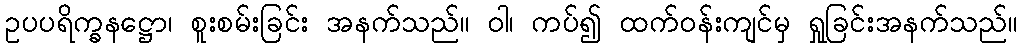
ဥပပရိက္ခနဋ္ဌော၊ စူးစမ်းခြင်း အနက်သည်။ ဝါ၊ ကပ်၍ ထက်ဝန်းကျင်မှ ရှုခြင်းအနက်သည်။